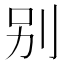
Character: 别